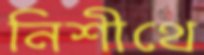
নিশীথে